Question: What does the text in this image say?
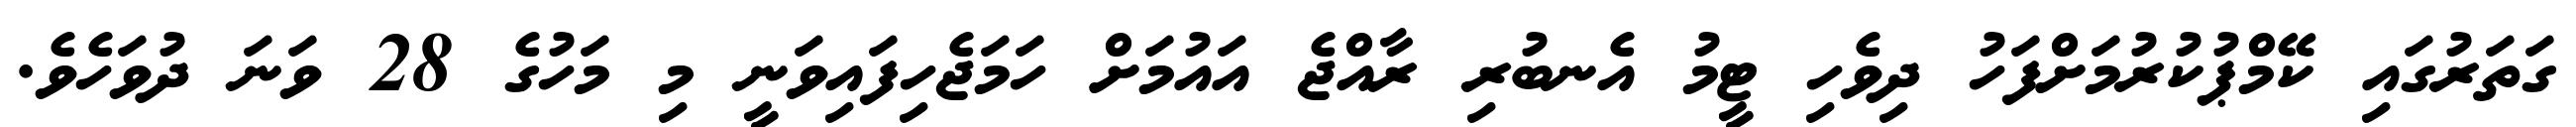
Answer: ގަތަރުގައި ކޭމްޕުކުރުމަށްފަހު ދިވެހި ޓީމު އެނބުރި ރާއްޖެ އައުމަށް ހަމަޖެހިފައިވަނީ މި މަހުގެ 28 ވަނަ ދުވަހެވެ.